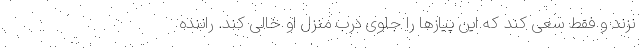
نزند و فقط سعی کند که این پیازها را جلوی درب منزل او خالی کند. راننده